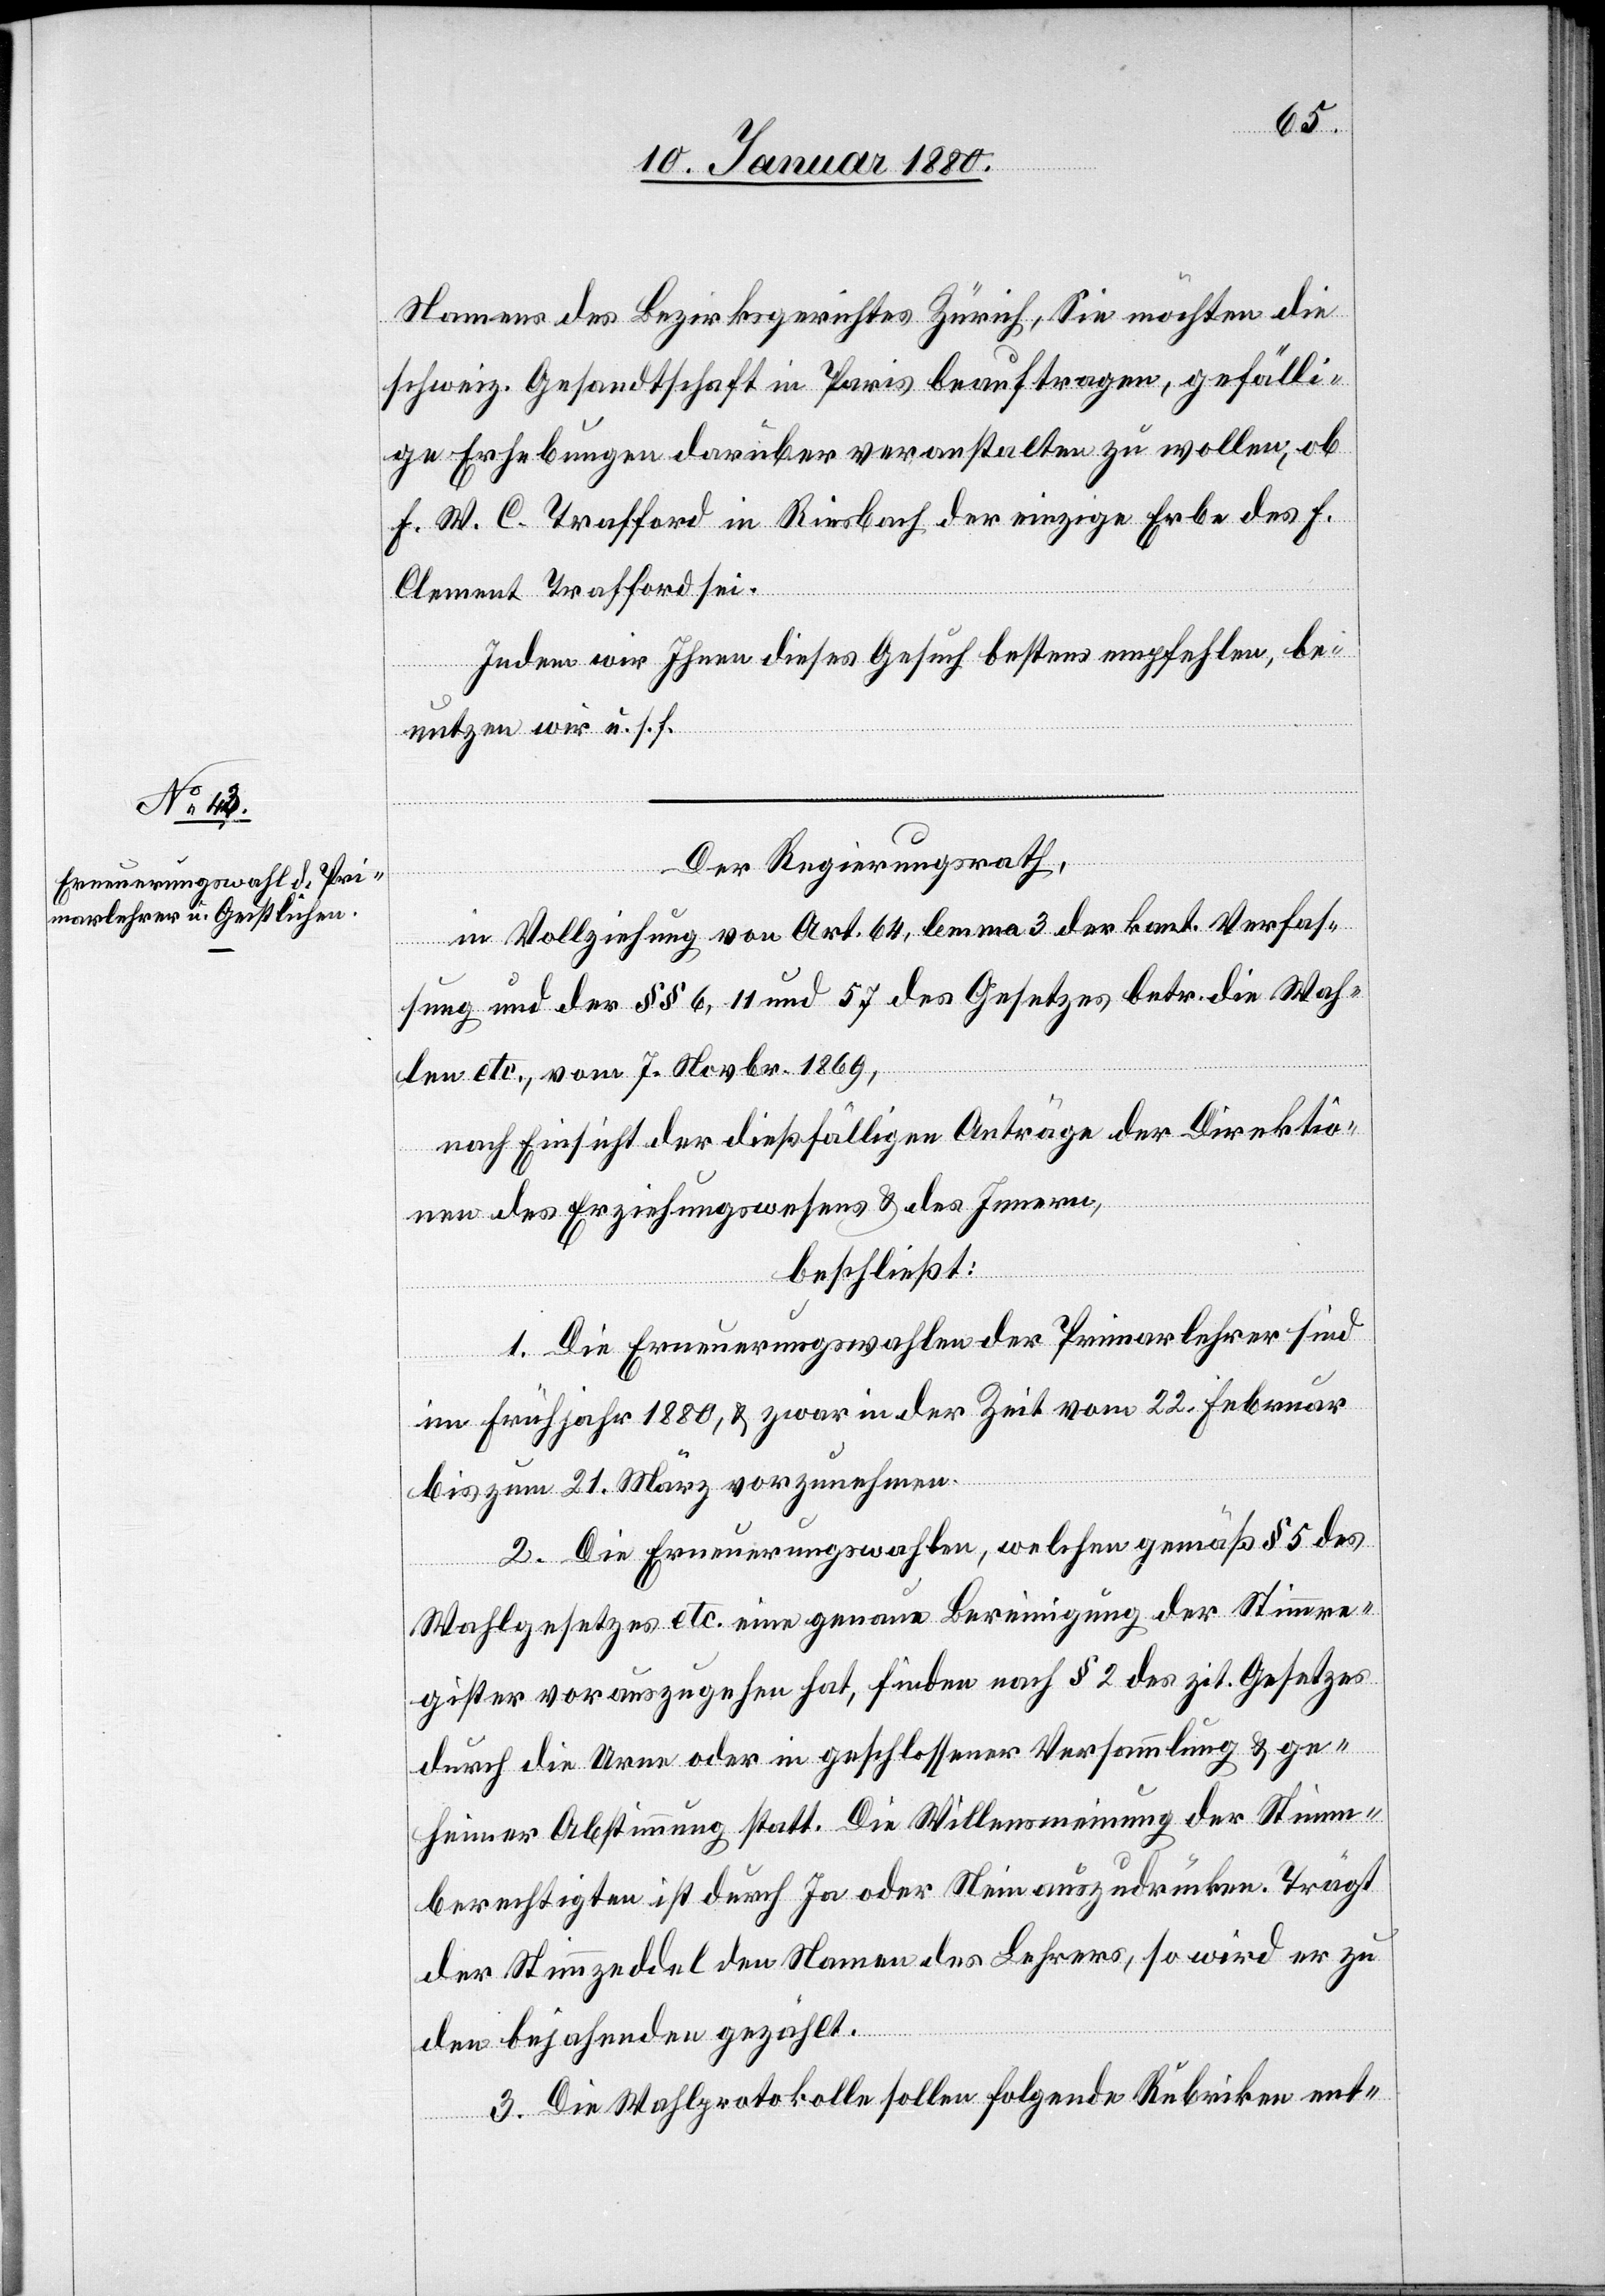
Namens des Bezirksgerichtes Zürich, Sie möchten die
schweiz. Gesandtschaft in Paris beauftragen, gefälli¬
ge Erhebungen darüber veranstalten zu wollen, ob
F. W. C. Trafford in Riesbach der einzige Erbe des F.
Clement Trafford sei.
Indem wir Ihnen dieses Gesuch bestens empfehlen, be¬
nutzen wir u. s. f.
Der Regierungsrath,
in Vollziehung von Art. 64, Lemma 3 der kant. Verfas¬
sung und der §§ 6, 11 und 57 des Gesetzes betr. die Wah¬
len etc., vom 7. Novbr. 1869,
nach Einsicht der dießfälligen Anträge der Direktio¬
nen des Erziehungswesens & des Innern,
beschließt:
1. Die Erneuerungswahlen der Primarlehrer sind
im Frühjahr 1880, & zwar in der Zeit vom 22. Februar
bis zum 21. März vorzunehmen.
2. Die Erneuerungswahlen, welchen gemäß § 5 des
Wahlgesetzes etc. eine genaue Bereinigung der Stimmre¬
gister vorauszugehen hat, finden nach § 2 des zit. Gesetzes
durch die Urne oder in geschlossener Versammlung & ge¬
heimer Abstimmung statt. Die Willensmeinung der Stimm¬
berechtigten ist durch Ja oder Nein auszudrücken. Trägt
der Stimmzeddel den Namen des Lehrers, so wird er zu
den bejahenden gezählt.
3. Die Wahlprotokolle sollen folgende Rubriken ent-